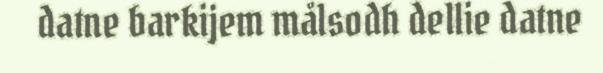
datne barkijem målsodh dellie datne